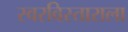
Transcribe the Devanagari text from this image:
स्वरविस्ताराला